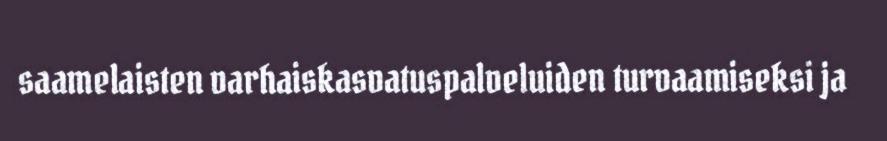
saamelaisten varhaiskasvatuspalveluiden turvaamiseksi ja